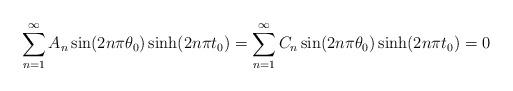
LaTeX: \begin{align*}\begin{aligned}\sum_{n=1}^{\infty}A_n \sin(2n\pi\theta_0)\sinh(2n\pi t_0)=\sum_{n=1}^{\infty}C_n \sin(2n\pi\theta_0)\sinh(2n\pi t_0)=0\end{aligned}\end{align*}